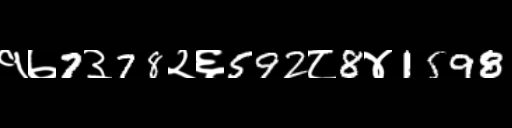
Text: १७7३78२६592८8४1598